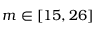
m \in [ 1 5 , 2 6 ]